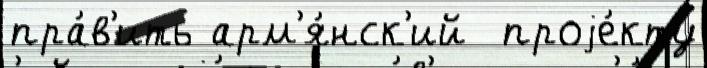
пра́в'ить арм'я́нск'ий  проjе́кту